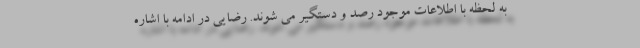
به لحظه با اطلاعات موجود رصد و دستگیر می شوند. رضایی در ادامه با اشاره